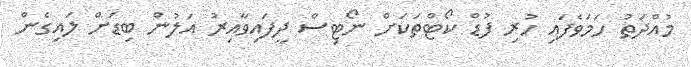
މުއްދަތު ހަމަވެފައި ހުރި ފުޑް ކޯޓްތަކަށް ނޯޓިސް ދީފައިވާއިރު އަލުން ބިޑަށް ލައިގެން